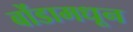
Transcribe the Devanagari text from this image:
बोंडामधून